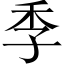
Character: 季